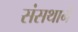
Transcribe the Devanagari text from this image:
संसथाने